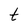
Character: t